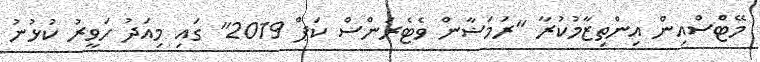
މޭޓްސްއިން އިންތިޒާމުކުރާ "ރަމަޟާން ވެޓެރަންސް ކަޕް 2019" ގައި މިއަދު ހަވީރު ކުޅުނު